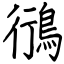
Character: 鴴